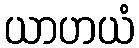
ယာဟယံ